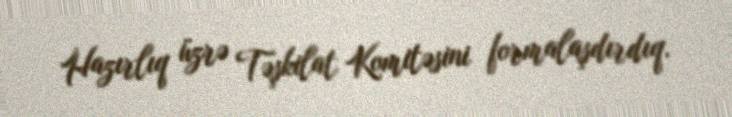
Hazırlıq üzrə Təşkilat Komitəsini formalaşdırdıq.